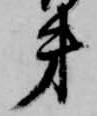
弟